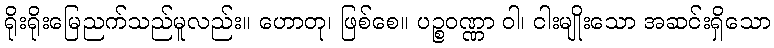
ရိုးရိုးမြေညက်သည်မူလည်း။ ဟောတု၊ ဖြစ်စေ။ ပဉ္စဝဏ္ဏာ ဝါ၊ ငါးမျိုးသော အဆင်းရှိသော